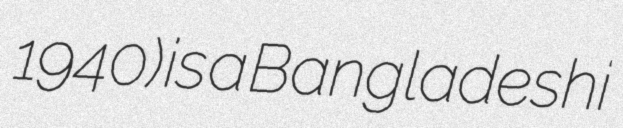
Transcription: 1940) is a Bangladeshi